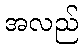
အလည်